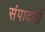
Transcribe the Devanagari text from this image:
संपादनों